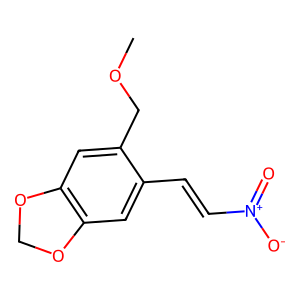
SMILES: COCc1cc2c(cc1C=C[N+](=O)[O-])OCO2
Inhibits HIV replication: No